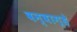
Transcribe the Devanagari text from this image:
वन्वाग्ड़े